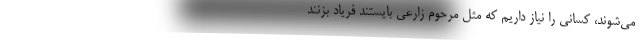
می‌شوند، کسانی را نیاز داریم که مثل مرحوم زارعی بایستند فریاد بزنند